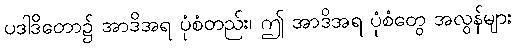
ပဒါဒိတော၌ အာဒိအရ ပုံစံတည်း၊ ဤ အာဒိအရ ပုံစံတွေ အလွန်များ